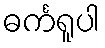
ဓင်္ကရူပါ